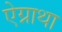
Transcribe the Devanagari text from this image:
ऐग्नाथा